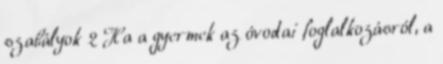
szabályok 2 Ha a gyermek az óvodai foglalkozásról, a